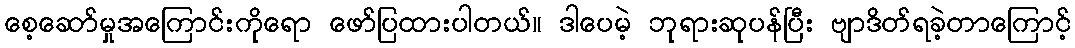
စေ့ဆော်မှုအကြောင်းကိုရော ဖော်ပြထားပါတယ်။ ဒါပေမဲ့ ဘုရားဆုပန်ပြီး ဗျာဒိတ်ရခဲ့တာကြောင့်